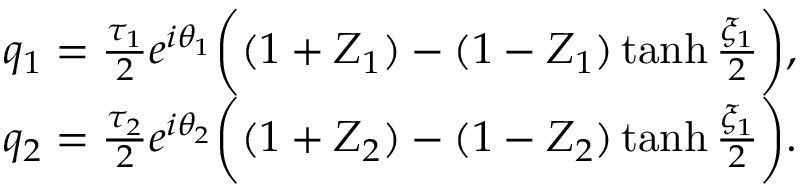
\begin{array} { r } { q _ { 1 } = \frac { \tau _ { 1 } } { 2 } e ^ { i \theta _ { 1 } } \bigg ( ( 1 + Z _ { 1 } ) - ( 1 - Z _ { 1 } ) \operatorname { t a n h } \frac { \xi _ { 1 } } { 2 } \bigg ) , } \\ { q _ { 2 } = \frac { \tau _ { 2 } } { 2 } e ^ { i \theta _ { 2 } } \bigg ( ( 1 + Z _ { 2 } ) - ( 1 - Z _ { 2 } ) \operatorname { t a n h } \frac { \xi _ { 1 } } { 2 } \bigg ) . } \end{array}